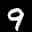
Label: 9